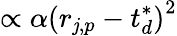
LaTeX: \propto\alpha\left({r}_{\mathit{j},p}-{t}_{d}^{*}\right)^{2}